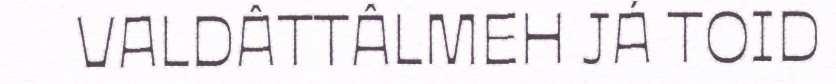
VALDÂTTÂLMEH JÁ TOID